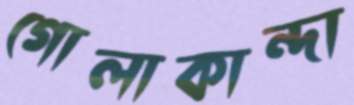
গোলাকান্দা